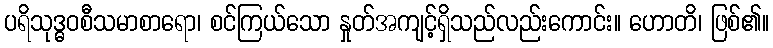
ပရိသုဒ္ဓဝစီသမာစာရော၊ စင်ကြယ်သော နှုတ်အကျင့်ရှိသည်လည်းကောင်း။ ဟောတိ၊ ဖြစ်၏။